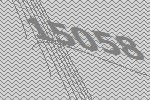
15058